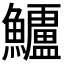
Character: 𮬗